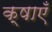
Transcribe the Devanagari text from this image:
क्षाएँ